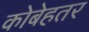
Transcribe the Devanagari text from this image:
कोबेहतर